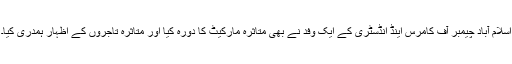
اسلام آباد چیمبر آف کامرس اینڈ انڈسٹری کے ایک وفد نے بھی متاثرہ مارکیٹ کا دورہ کیا اور متاثرہ تاجروں کے اظہار ہمدری کیا۔